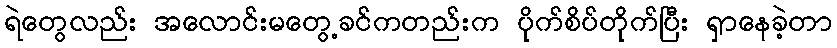
ရဲတွေလည်း အလောင်းမတွေ့ခင်ကတည်းက ပိုက်စိပ်တိုက်ပြီး ရှာနေခဲ့တာ